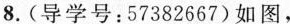
8.(导学号：57382667)如图，